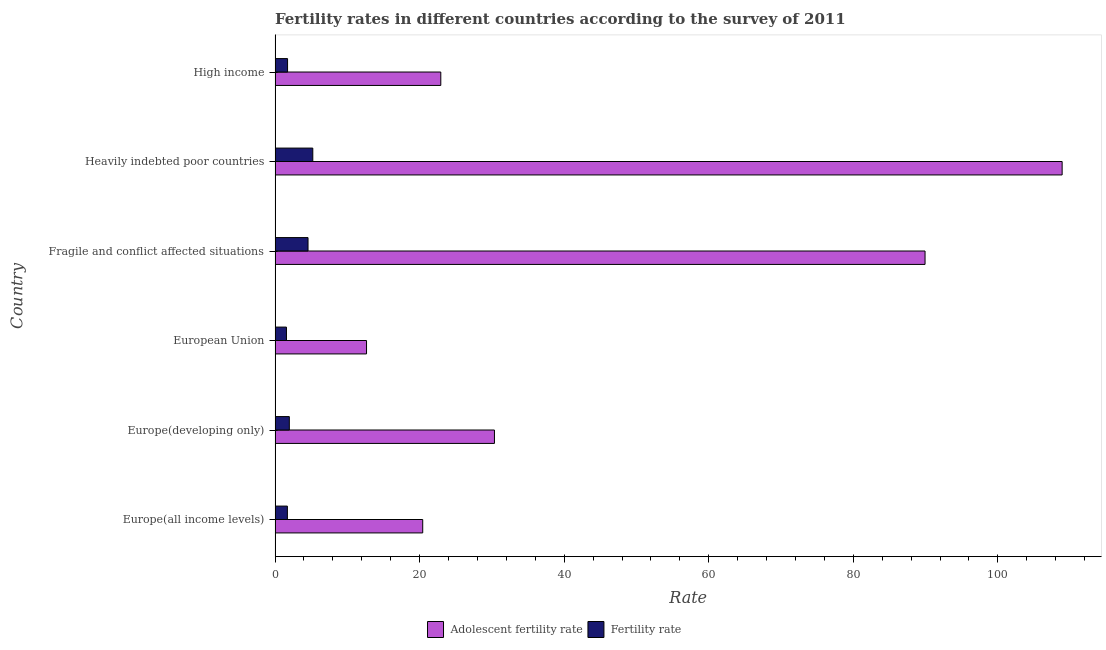
| Country | Adolescent fertility rate | Fertility rate |
 | --- | --- | --- |
 | Europe(all income levels) | 20.4 | 1.7 |
 | Europe(developing only) | 30.4 | 1.97 |
 | European Union | 12.7 | 1.57 |
 | Fragile and conflict affected situations | 89.9 | 4.56 |
 | Heavily indebted poor countries | 109 | 5.22 |
 | High income | 22.9 | 1.73 |